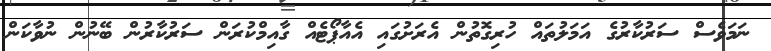
ނަމަވެސް ސަރުކާރުގެ އަމަލުތައް ހުރިގޮތުން އެރަށުގައި އެއާޕޯޓެއް ގާއިމްކުރަން ސަރުކާރުން ބޭނުން ނުވާކަން